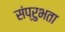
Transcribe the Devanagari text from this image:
संप्रुभता